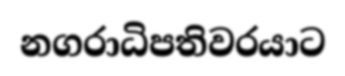
නගරාධිපතිවරයාට